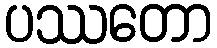
ပဿတော